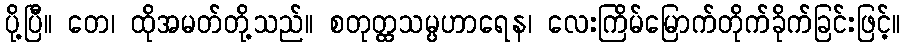
ပို့ပြီ။ တေ၊ ထိုအမတ်တို့သည်။ စတုတ္ထသမ္ပဟာရေန၊ လေးကြိမ်မြောက်တိုက်ခိုက်ခြင်းဖြင့်။